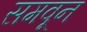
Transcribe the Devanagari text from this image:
समवून